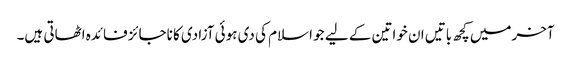
آخرمیں کچھ باتیں ان خواتین کے لیے جو اسلام کی دی ہوئی آزادی کا ناجائز فائدہ اٹھاتی ہیں۔